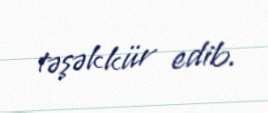
təşəkkür edib.